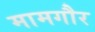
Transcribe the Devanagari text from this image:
मामगौर